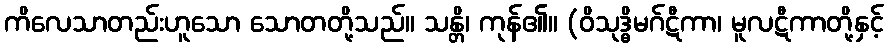
ကိလေသာတည်းဟူသော သောတတို့သည်။ သန္တိ၊ ကုန်၏။ (ဝိသုဒ္ဓိမဂ်ဋီကာ၊ မူလဋီကာတို့နှင့်